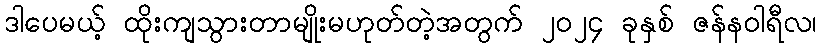
ဒါပေမယ့် ထိုးကျသွားတာမျိုးမဟုတ်တဲ့အတွက် ၂၀၂၄ ခုနှစ် ဇန်နဝါရီလ၊